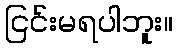
ငြင်းမရပါဘူး။